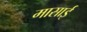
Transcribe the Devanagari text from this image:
मासाई